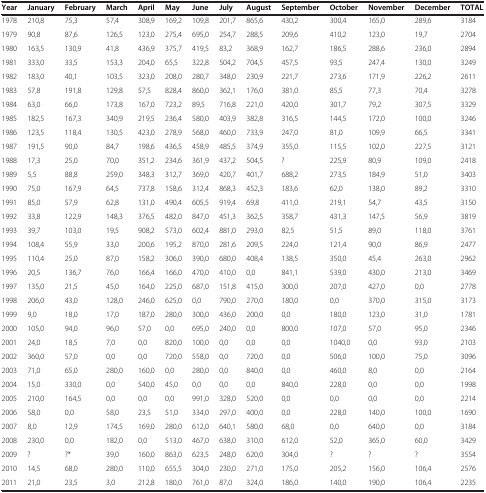
<table><thead><tr><td><b>Year</b></td><td><b>January</b></td><td><b>February</b></td><td><b>March</b></td><td><b>April</b></td><td><b>May</b></td><td><b>June</b></td><td><b>July</b></td><td><b>August</b></td><td><b>September</b></td><td><b>October</b></td><td><b>November</b></td><td><b>December</b></td><td><b>TOTAL</b></td></tr></thead><tbody><tr><td>1978</td><td>210,8</td><td>75,3</td><td>57,4</td><td>308,9</td><td>169,2</td><td>109,8</td><td>201,7</td><td>865,6</td><td>430,2</td><td>300,4</td><td>165,0</td><td>289,6</td><td>3184</td></tr><tr><td>1979</td><td>90,8</td><td>87,6</td><td>126,5</td><td>123,0</td><td>275,4</td><td>695,0</td><td>254,7</td><td>288,5</td><td>209,6</td><td>410,2</td><td>123,0</td><td>19,7</td><td>2704</td></tr><tr><td>1980</td><td>163,5</td><td>130,9</td><td>41,8</td><td>436,9</td><td>375,7</td><td>419,5</td><td>83,2</td><td>368,9</td><td>162,7</td><td>186,5</td><td>288,6</td><td>236,0</td><td>2894</td></tr><tr><td>1981</td><td>333,0</td><td>33,5</td><td>153,3</td><td>204,0</td><td>65,5</td><td>322,8</td><td>504,2</td><td>704,5</td><td>457,5</td><td>93,5</td><td>247,4</td><td>130,0</td><td>3249</td></tr><tr><td>1982</td><td>183,0</td><td>40,1</td><td>103,5</td><td>323,0</td><td>208,0</td><td>280,7</td><td>348,0</td><td>230,9</td><td>221,7</td><td>273,6</td><td>171,9</td><td>226,2</td><td>2611</td></tr><tr><td>1983</td><td>57,8</td><td>191,8</td><td>129,8</td><td>57,5</td><td>828,4</td><td>860,0</td><td>362,1</td><td>176,0</td><td>381,0</td><td>85,5</td><td>77,3</td><td>70,4</td><td>3278</td></tr><tr><td>1984</td><td>63,0</td><td>66,0</td><td>173,8</td><td>167,0</td><td>723,2</td><td>89,5</td><td>716,8</td><td>221,0</td><td>420,0</td><td>301,7</td><td>79,2</td><td>307,5</td><td>3329</td></tr><tr><td>1985</td><td>182,5</td><td>167,3</td><td>340,9</td><td>219,5</td><td>236,4</td><td>580,0</td><td>403,9</td><td>382,8</td><td>316,5</td><td>144,5</td><td>172,0</td><td>100,0</td><td>3246</td></tr><tr><td>1986</td><td>123,5</td><td>118,4</td><td>130,5</td><td>423,0</td><td>278,9</td><td>568,0</td><td>460,0</td><td>733,9</td><td>247,0</td><td>81,0</td><td>109,9</td><td>66,5</td><td>3341</td></tr><tr><td>1987</td><td>191,5</td><td>90,0</td><td>84,7</td><td>198,6</td><td>436,5</td><td>458,9</td><td>485,5</td><td>374,9</td><td>355,0</td><td>115,5</td><td>102,0</td><td>227,5</td><td>3121</td></tr><tr><td>1988</td><td>17,3</td><td>25,0</td><td>70,0</td><td>351,2</td><td>234,6</td><td>361,9</td><td>437,2</td><td>504,5</td><td>?</td><td>225,9</td><td>80,9</td><td>109,0</td><td>2418</td></tr><tr><td>1989</td><td>5,5</td><td>88,8</td><td>259,0</td><td>348,3</td><td>312,7</td><td>369,0</td><td>420,7</td><td>401,7</td><td>688,2</td><td>273,5</td><td>184,9</td><td>51,0</td><td>3403</td></tr><tr><td>1990</td><td>75,0</td><td>167,9</td><td>64,5</td><td>737,8</td><td>158,6</td><td>312,4</td><td>868,3</td><td>452,3</td><td>183,6</td><td>62,0</td><td>138,0</td><td>89,2</td><td>3310</td></tr><tr><td>1991</td><td>85,0</td><td>57,9</td><td>62,8</td><td>131,0</td><td>490,4</td><td>605,5</td><td>919,4</td><td>69,8</td><td>411,0</td><td>219,1</td><td>54,7</td><td>43,5</td><td>3150</td></tr><tr><td>1992</td><td>33,8</td><td>122,9</td><td>148,3</td><td>376,5</td><td>482,0</td><td>847,0</td><td>451,3</td><td>362,5</td><td>358,7</td><td>431,3</td><td>147,5</td><td>56,9</td><td>3819</td></tr><tr><td>1993</td><td>39,7</td><td>103,0</td><td>19,5</td><td>908,2</td><td>573,0</td><td>602,4</td><td>881,0</td><td>293,0</td><td>82,5</td><td>51,5</td><td>89,0</td><td>118,0</td><td>3761</td></tr><tr><td>1994</td><td>108,4</td><td>55,9</td><td>33,0</td><td>200,6</td><td>195,2</td><td>870,0</td><td>281,6</td><td>209,5</td><td>224,0</td><td>121,4</td><td>90,0</td><td>86,9</td><td>2477</td></tr><tr><td>1995</td><td>110,4</td><td>25,0</td><td>87,0</td><td>158,2</td><td>306,0</td><td>390,0</td><td>680,0</td><td>408,4</td><td>138,5</td><td>350,0</td><td>45,4</td><td>263,0</td><td>2962</td></tr><tr><td>1996</td><td>20,5</td><td>136,7</td><td>76,0</td><td>166,4</td><td>166,0</td><td>470,0</td><td>410,0</td><td>0,0</td><td>841,1</td><td>539,0</td><td>430,0</td><td>213,0</td><td>3469</td></tr><tr><td>1997</td><td>135,0</td><td>21,5</td><td>45,0</td><td>164,0</td><td>225,0</td><td>687,0</td><td>151,8</td><td>415,0</td><td>300,0</td><td>207,0</td><td>427,0</td><td>0,0</td><td>2778</td></tr><tr><td>1998</td><td>206,0</td><td>43,0</td><td>128,0</td><td>246,0</td><td>625,0</td><td>0,0</td><td>790,0</td><td>270,0</td><td>180,0</td><td>0,0</td><td>370,0</td><td>315,0</td><td>3173</td></tr><tr><td>1999</td><td>9,0</td><td>18,0</td><td>17,0</td><td>187,0</td><td>280,0</td><td>300,0</td><td>436,0</td><td>200,0</td><td>0,0</td><td>180,0</td><td>123,0</td><td>31,0</td><td>1781</td></tr><tr><td>2000</td><td>105,0</td><td>94,0</td><td>96,0</td><td>57,0</td><td>0,0</td><td>695,0</td><td>240,0</td><td>0,0</td><td>800,0</td><td>107,0</td><td>57,0</td><td>95,0</td><td>2346</td></tr><tr><td>2001</td><td>24,0</td><td>18,5</td><td>7,0</td><td>0,0</td><td>820,0</td><td>100,0</td><td>0,0</td><td>0,0</td><td>0,0</td><td>1040,0</td><td>0,0</td><td>93,0</td><td>2103</td></tr><tr><td>2002</td><td>360,0</td><td>57,0</td><td>0,0</td><td>0,0</td><td>720,0</td><td>558,0</td><td>0,0</td><td>720,0</td><td>0,0</td><td>506,0</td><td>100,0</td><td>75,0</td><td>3096</td></tr><tr><td>2003</td><td>71,0</td><td>65,0</td><td>280,0</td><td>160,0</td><td>0,0</td><td>280,0</td><td>0,0</td><td>840,0</td><td>0,0</td><td>460,0</td><td>8,0</td><td>0,0</td><td>2164</td></tr><tr><td>2004</td><td>15,0</td><td>330,0</td><td>0,0</td><td>540,0</td><td>45,0</td><td>0,0</td><td>0,0</td><td>0,0</td><td>840,0</td><td>228,0</td><td>0,0</td><td>0,0</td><td>1998</td></tr><tr><td>2005</td><td>210,0</td><td>164,5</td><td>0,0</td><td>0,0</td><td>0,0</td><td>991,0</td><td>328,0</td><td>520,0</td><td>0,0</td><td>0,0</td><td>0,0</td><td>0,0</td><td>2214</td></tr><tr><td>2006</td><td>58,0</td><td>0,0</td><td>58,0</td><td>23,5</td><td>51,0</td><td>334,0</td><td>297,0</td><td>400,0</td><td>0,0</td><td>228,0</td><td>140,0</td><td>100,0</td><td>1690</td></tr><tr><td>2007</td><td>8,0</td><td>12,9</td><td>174,5</td><td>169,0</td><td>280,0</td><td>612,0</td><td>640,1</td><td>580,0</td><td>68,0</td><td>0,0</td><td>640,0</td><td>0,0</td><td>3184</td></tr><tr><td>2008</td><td>230,0</td><td>0,0</td><td>182,0</td><td>0,0</td><td>513,0</td><td>467,0</td><td>638,0</td><td>310,0</td><td>612,0</td><td>52,0</td><td>365,0</td><td>60,0</td><td>3429</td></tr><tr><td>2009</td><td>?</td><td>?*</td><td>39,0</td><td>160,0</td><td>863,0</td><td>623,5</td><td>248,0</td><td>620,0</td><td>304,0</td><td>?</td><td>?</td><td>?</td><td>3554</td></tr><tr><td>2010</td><td>14,5</td><td>68,0</td><td>280,0</td><td>110,0</td><td>655,5</td><td>304,0</td><td>230,0</td><td>271,0</td><td>175,0</td><td>205,2</td><td>156,0</td><td>106,4</td><td>2576</td></tr><tr><td>2011</td><td>21,0</td><td>23,5</td><td>3,0</td><td>212,8</td><td>180,0</td><td>761,0</td><td>87,0</td><td>324,0</td><td>186,0</td><td>140,0</td><td>190,0</td><td>106,4</td><td>2235</td></tr></tbody></table>